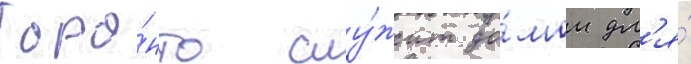
Торо́нто слу́жит до́мом дл'я́